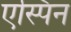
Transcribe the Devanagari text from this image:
एस्पिन